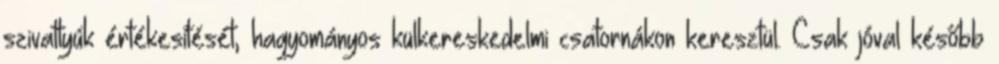
szivattyúk értékesítését, hagyományos külkereskedelmi csatornákon keresztül. Csak jóval később